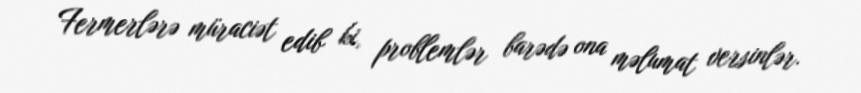
Fermerlərə müraciət edib ki, problemlər barədə ona məlumat versinlər.